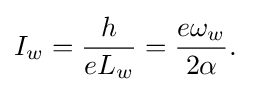
I_{w}={\frac {h}{eL_{w}}}={\frac {e\omega _{w}}{2\alpha }}.\